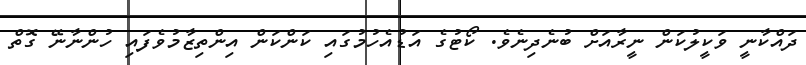
ދައްކާނީ ވަކީލުކަން ނީރާއަށް ބުނެދިނެވެ. ކޯޓުގެ އަޑުއެހުމުގައި ކަންކަން އިންތިޒާމުވެފައި ހުންނާނޭ ގޮތް